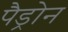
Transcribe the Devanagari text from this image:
पैड्रोन